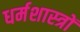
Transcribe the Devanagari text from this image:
धर्मशास्‍त्रों